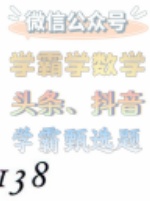
微信公众号
学霸数学
头条、抖音
学霸题选
138